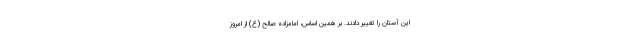
این آستان را تغییر دادند. بر همین اساس، امامزاده صالح (ع) از امروز